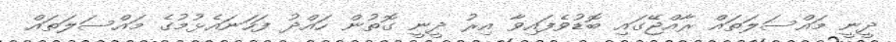
ދީނީ މައްސަލަތައް ރާއްޖޭގައި ބޮޑުވެފައިވާ އިރު ދީނީ ގޮތުން ހައްދު ފަހަނައެޅުމުގެ މައްސަލަތައް